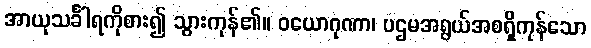
အာယုသင်္ခါရကိုစား၍ သွားကုန်၏။ ဝယောဂုဏာ၊ ပဌမအရွယ်အစရှိကုန်သော